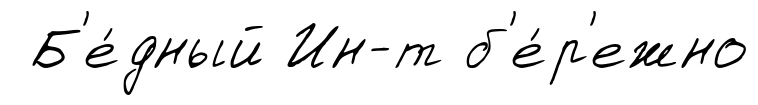
Б'е́дный Ин-т б'е́р'ежно